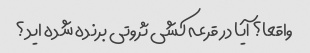
واقعا؟ آیا در قرعه کشی ثروتی برنده شده اید؟